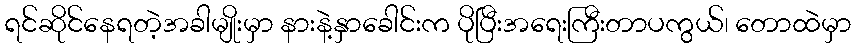
ရင်ဆိုင်နေရတဲ့အခါမျိုးမှာ နားနဲ့နှာခေါင်းက ပိုပြီးအရေးကြီးတာပကွယ်၊ တောထဲမှာ